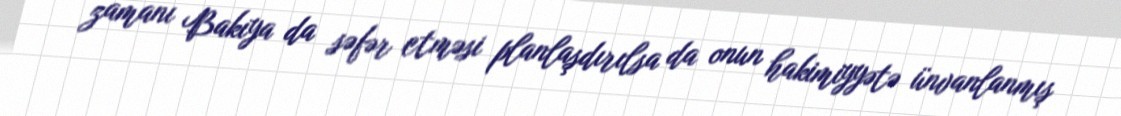
zamanı Bakıya da səfər etməsi planlaşdırılsa da onun hakimiyyətə ünvanlanmış